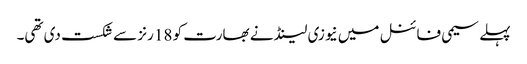
پہلے سیمی فائنل میں نیوزی لینڈ نے بھارت کو 18 رنز سے شکست دی تھی۔